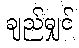
ချည်မျှင်